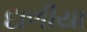
દાળીયા